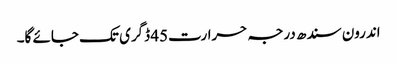
اندرون سندھ درجہ حرارت45 ڈگری تک جائے گا۔